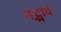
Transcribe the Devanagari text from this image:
मद्भावं